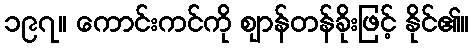
၁၉၇။ ကောင်းကင်ကို ဈာန်တန်ခိုးဖြင့် နိုင်၏။